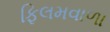
ફિલમવાળા